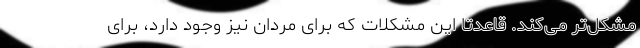
مشکل‌تر می‌کند. قاعدتا این مشکلات که برای مردان نیز وجود دارد، برای